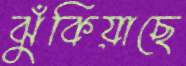
ঝুঁকিয়াছে